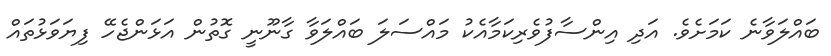
ބައްލަވާނެ ކަމަށެވެ. އަދި އިންސާފުވެރިކަމާއެކު މައްސަލަ ބައްލަވާ ގާނޫނީ ގޮތުން އަޅަންޖެހޭ ފިޔަވަޅުތައް